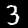
Label: 3